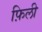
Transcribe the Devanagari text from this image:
फ़िली